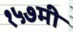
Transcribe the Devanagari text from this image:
१५७मी